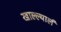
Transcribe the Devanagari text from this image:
खाल्ल्यालं